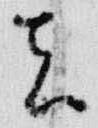
者